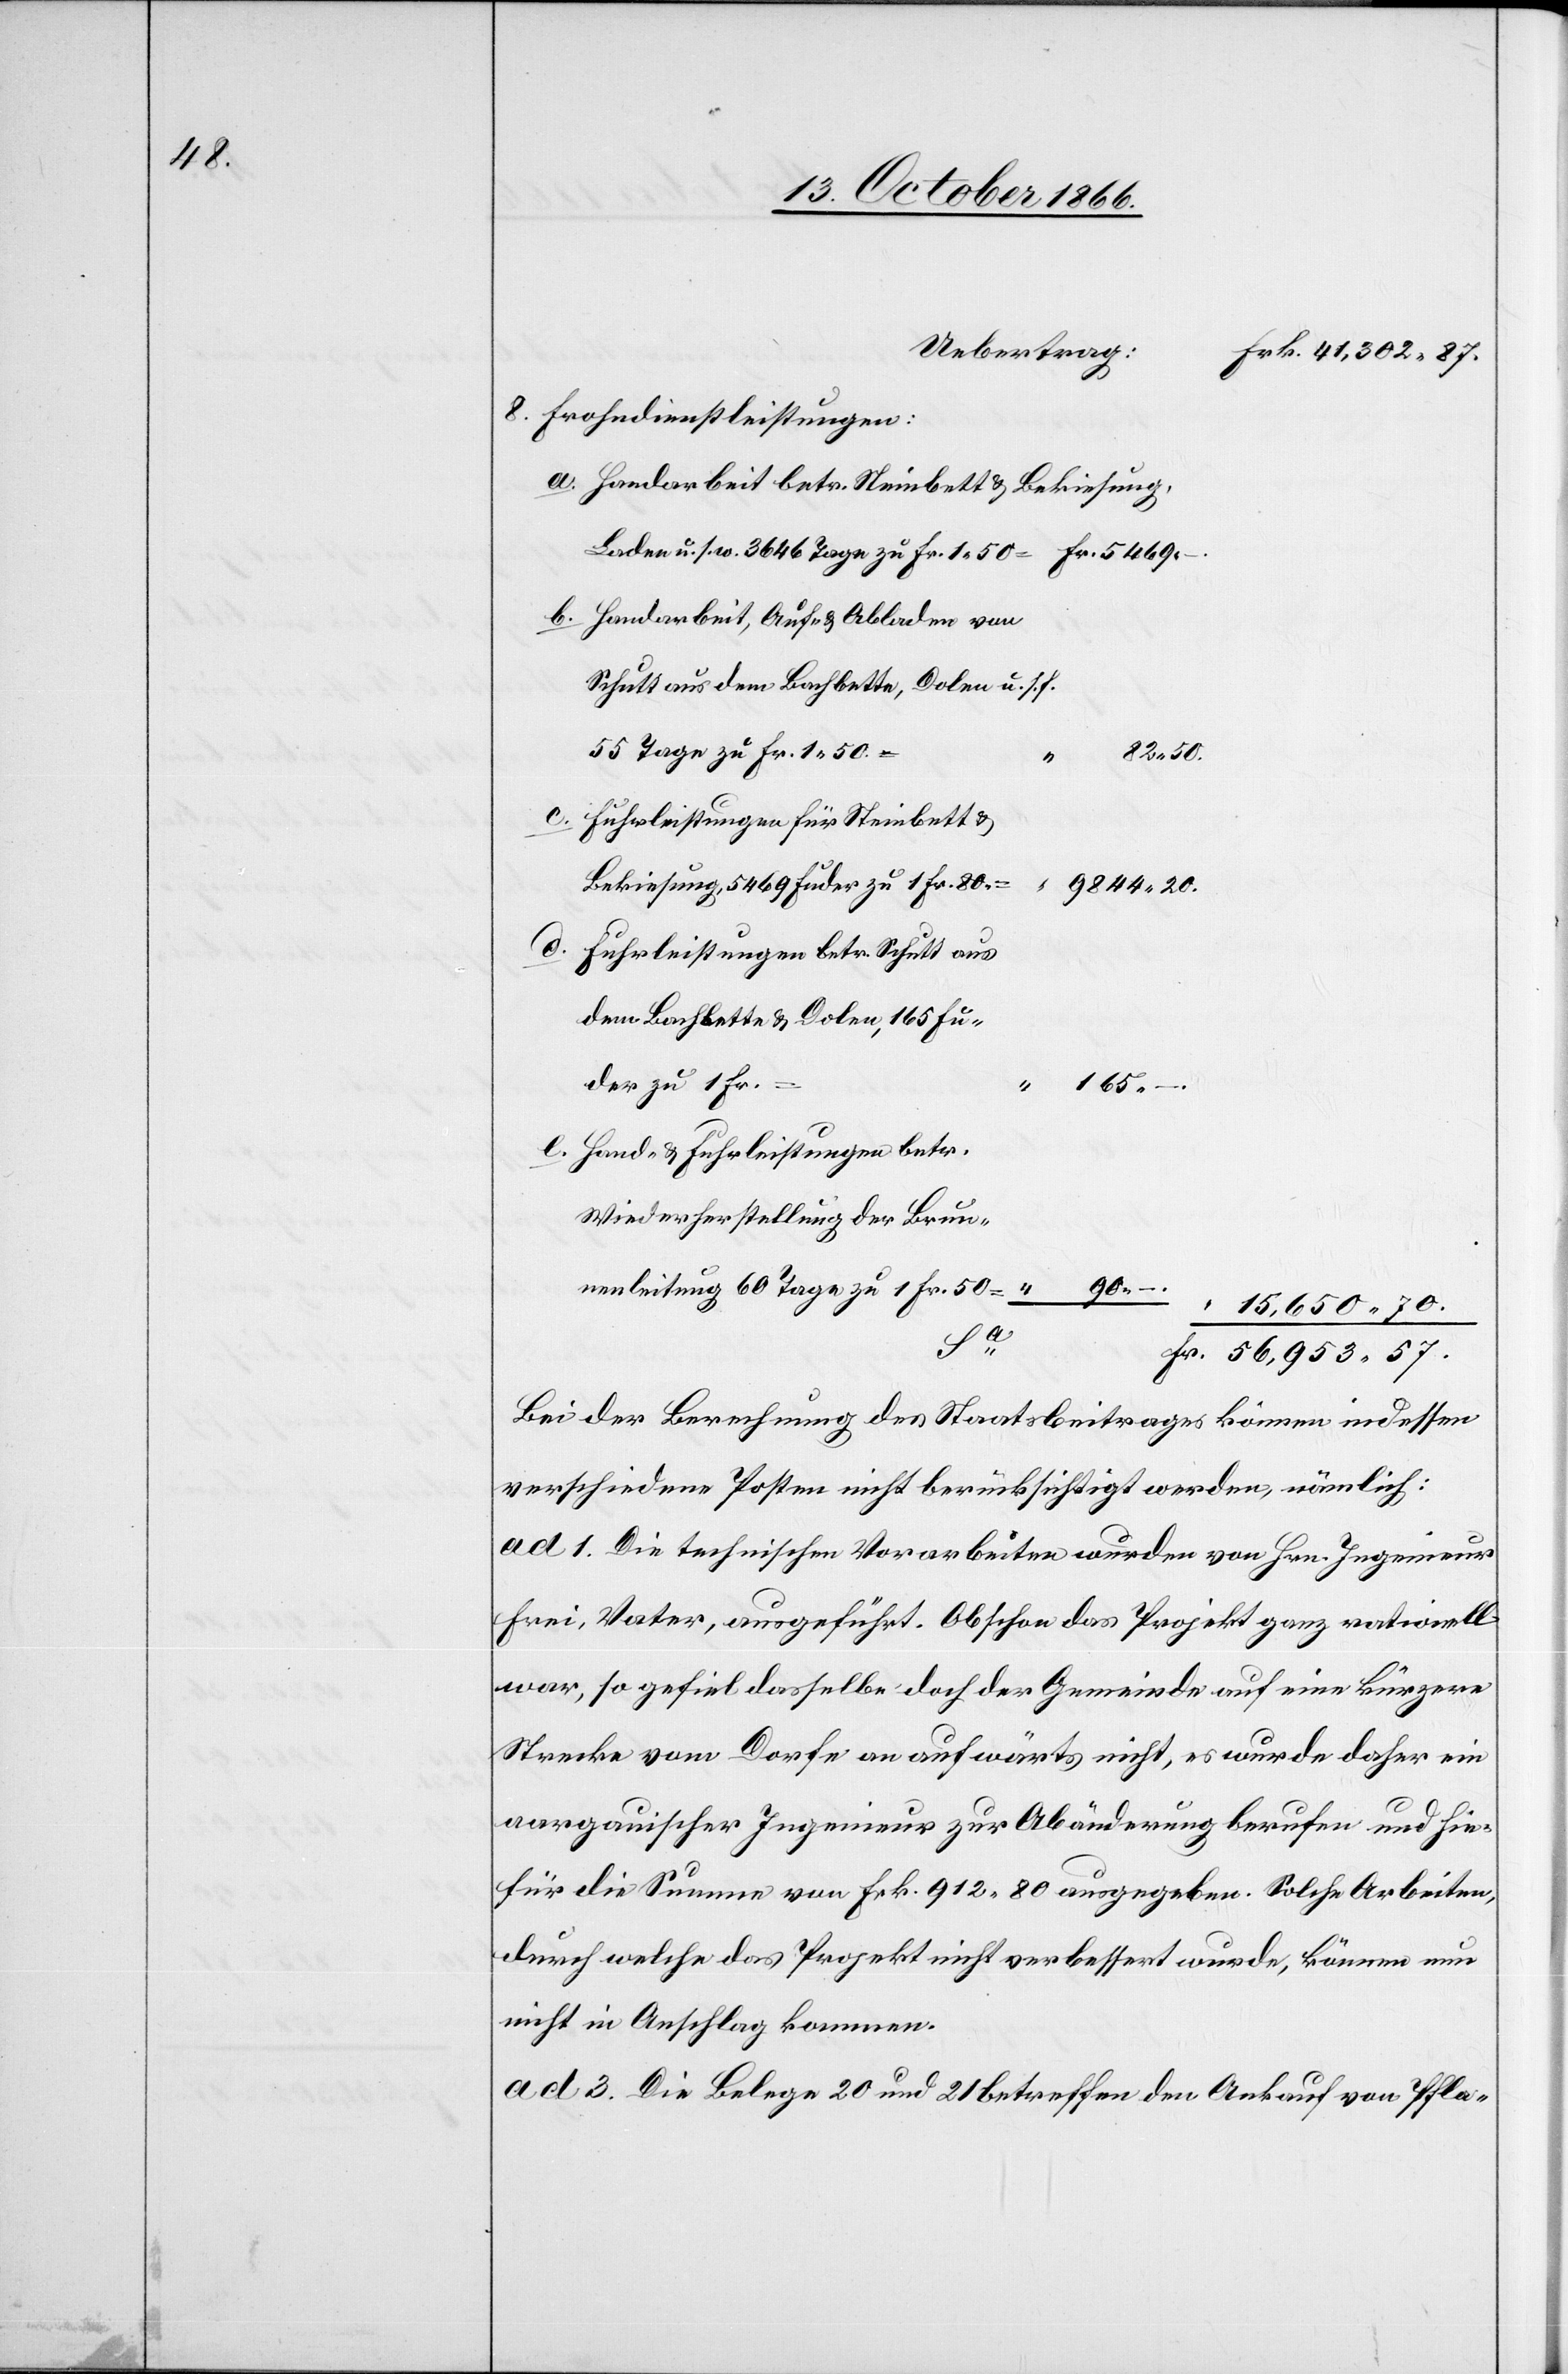
8.

Frohndienstleistungen:
Handarbeit betr. Steinbett & Bekiesung,
Laden u. s. w. 3646 Tage zu Fr. 1.50 =
Handarbeit, Auf- & Abladen von
Schutt aus dem Bachbette, Dolen u. s. f.
55 Tage zu Frk. 1.50 =
Fuhrleistungen für Steinbett &
Bekiesung, 5469 Fuder zu 1 Fr. 80.
9844.
Fuhrleistungen betr. Schutt aus
dem Bachbette & Dolen, 165 Fu¬
e.
der zu 1 Frk.
15 650.
Hand- & Fuhrleistungen betr.
Wiederherstellung der Brun¬
nenleitung 60 Tage zu 1 Fr. 50 =
57.
Bei der Berechnung des Staatsbeitrages können indessen
verschiedene Posten nicht berücksichtigt werden, nämlich:
ad 1. Die technischen Vorarbeiten wurden von Hrn. Ingenieur
Frei, Vater, ausgeführt. Obschon das Projekt ganz rationell
war, so gefiel dasselbe doch der Gemeinde auf eine kürzere
Strecke vom Dorfe an aufwärts nicht, es wurde daher ein
aargauischer Ingenieur zur Abänderung berufen und hie¬
–
für die Summe von Frk. 912.80 ausgegeben. Solche Arbeiten,
durch welche das Projekt nicht verbessert wurde, können nun
nicht in Anschlag kommen.
ad 3. Die Belege 20 und 21 betreffen den Ankauf von Pfla-